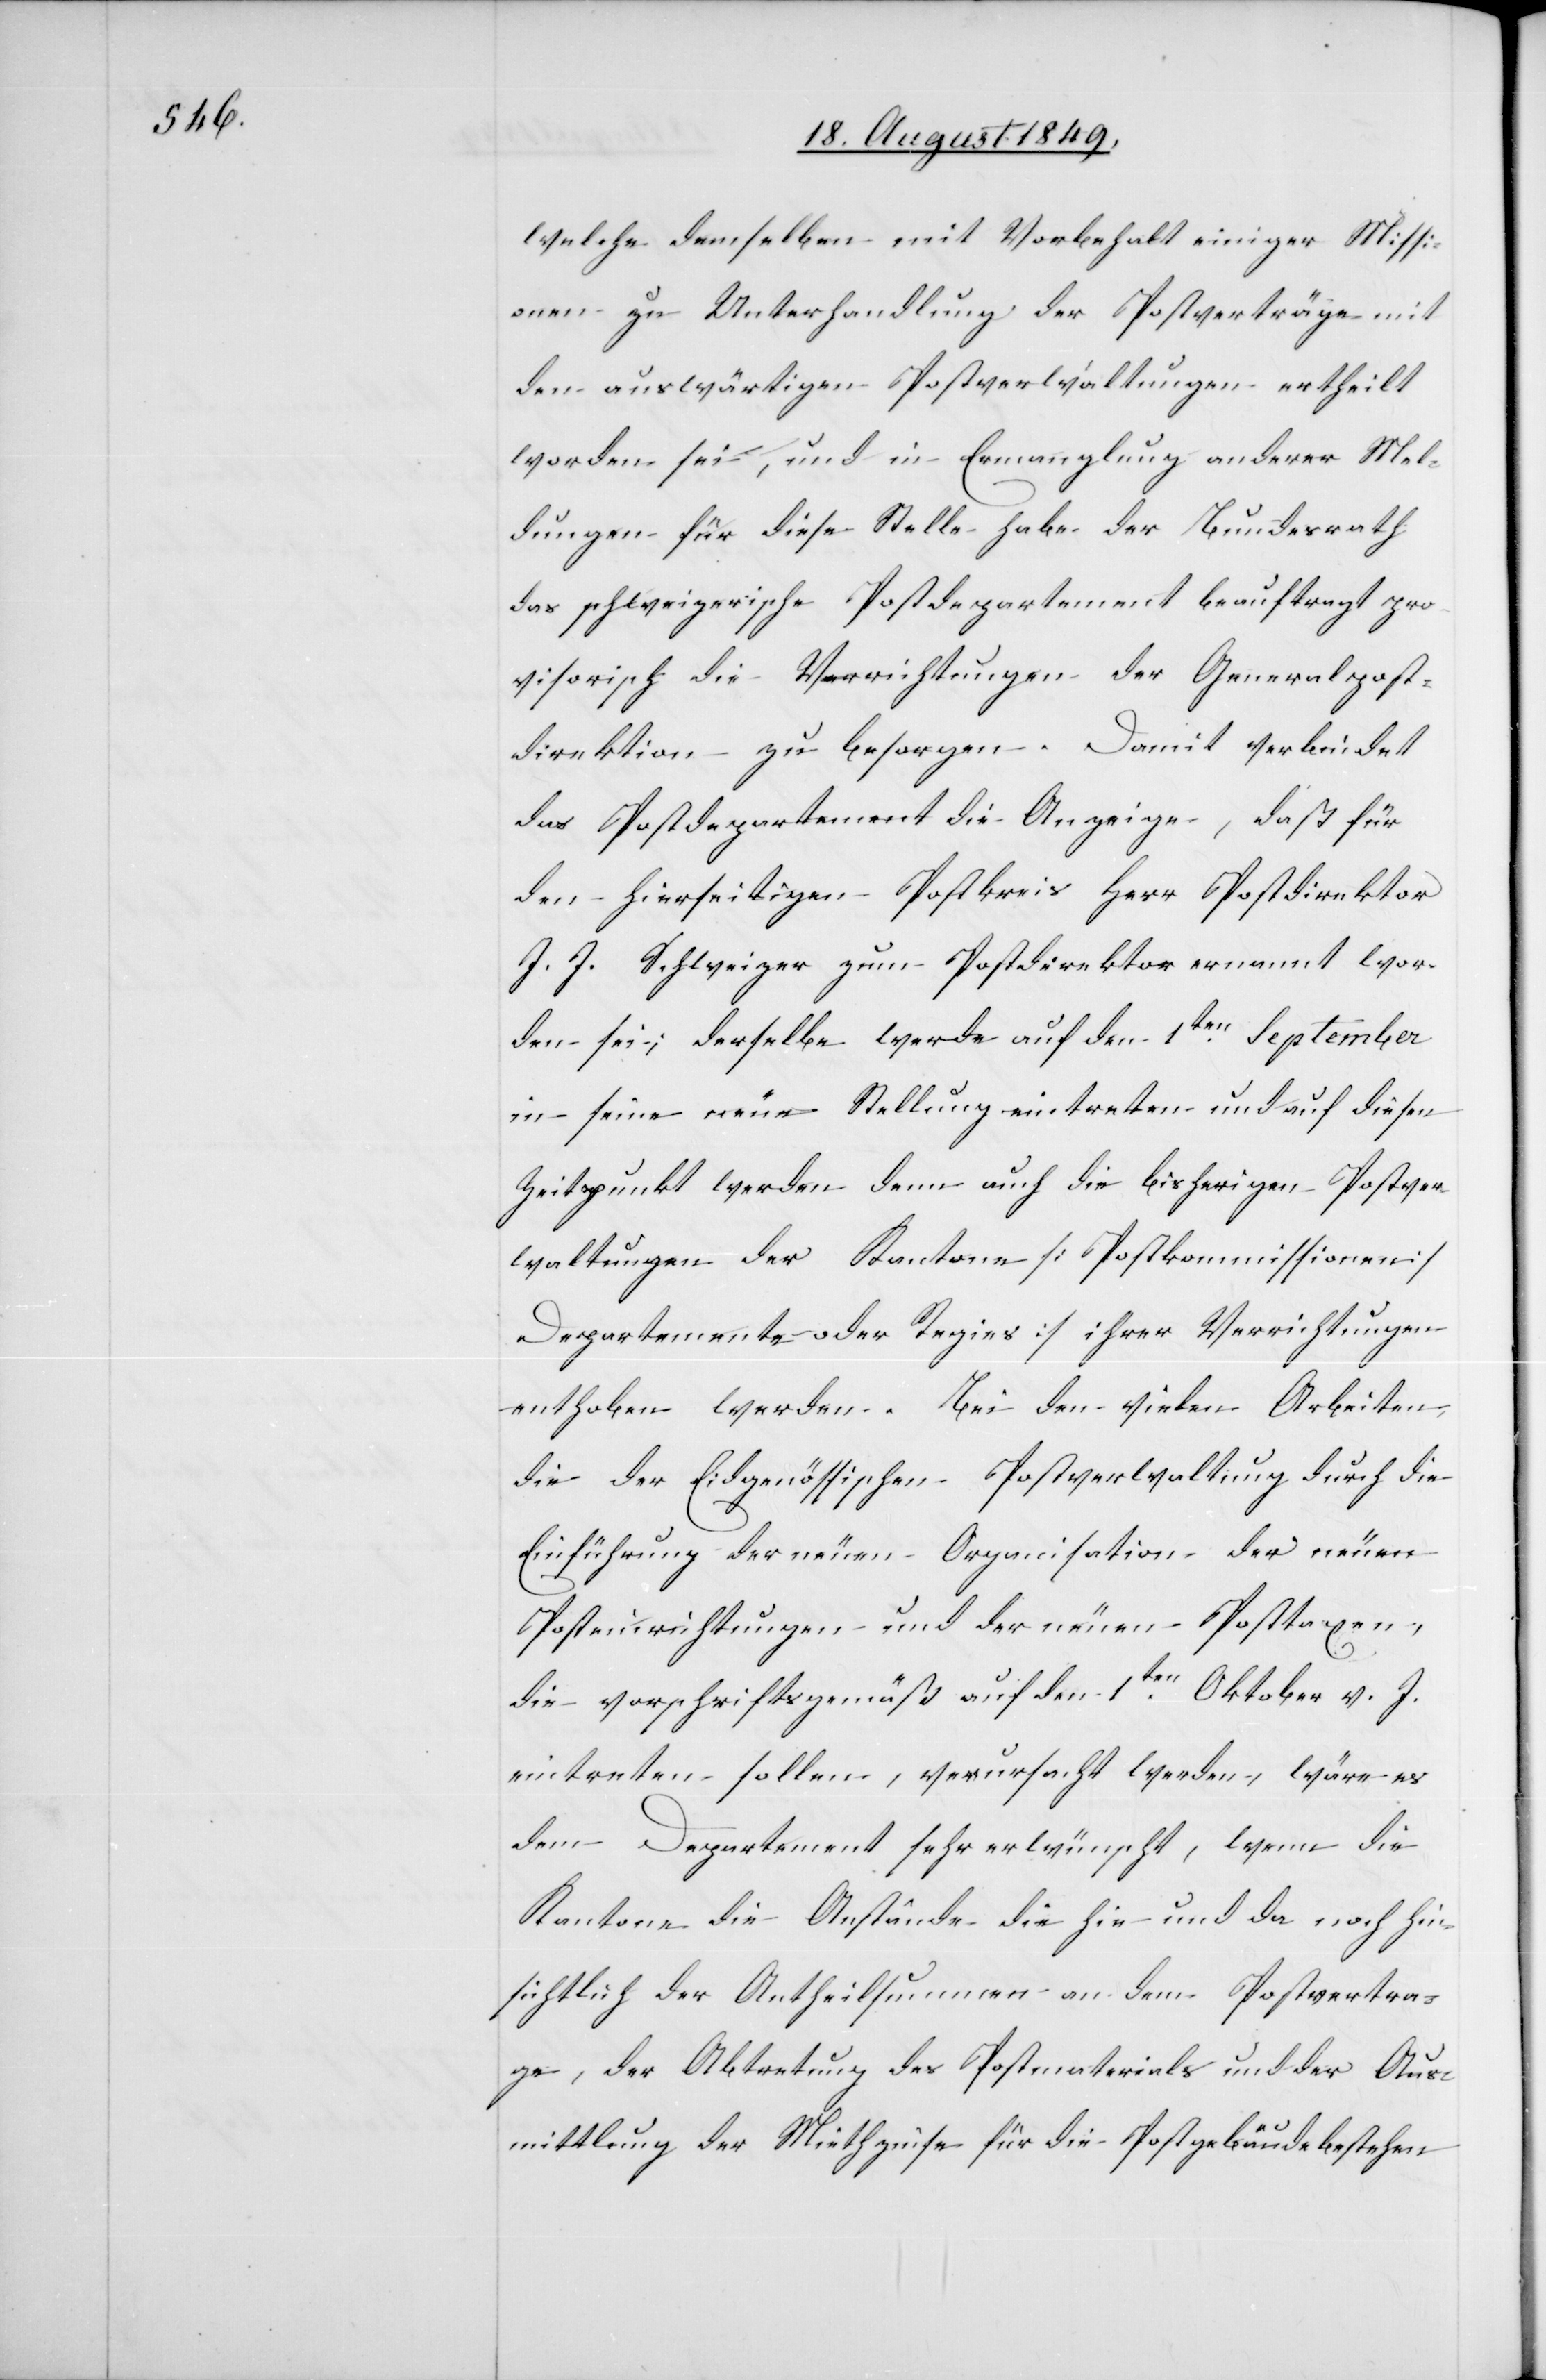
welche demselben mit Vorbehalt einiger Missi¬
onen zu Unterhandlung der Postverträge mit
den auswärtigen Postverwaltungen ertheilt
worden sei, und in Ermanglung anderer Mel¬
dungen für diese Stelle habe der Bundesrath
das schweizerische Postdepartement beauftragt pro¬
visorisch die Verrichtungen der Generalpost¬
direktion zu besorgen. Damit verbindet
das Postdepartement die Anzeige, daß für
den hierseitigen Postkreis Herr Postdirektor
J. J. Schweizer zum Postdirektor ernannt wor¬
den sei; derselbe werde auf den 1ten September
in seine neue Stellung eintreten und auf diesen
Zeitpunkt werden denn auch die bisherigen Postver¬
waltungen der Kantone [Postkommissionen]
[]Departemente- oder Regies] ihrer Verrichtungen
enthoben werden. Bei den vielen Arbeiten,
die der Eidgenössischen Postverwaltung durch die
Einführung der neuen Organisation der neuen
Posteinrichtungen und der neuen Posttaxen,
die vorschriftsgemäß auf den 1ten Oktober v. J.
eintreten sollen, verursacht werden, wäre es
dem Departement sehr erwünscht, wenn die
Kantone die Anstände die hie und da noch hin¬
sichtlich der Antheilsummen an dem Postvertra¬
ge, der Abtretung des Postmaterials und der Aus¬
mittlung der Miethzinse für die Postgebäude bestehen